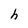
Character: h